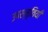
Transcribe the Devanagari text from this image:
उपस्मृतियाँ